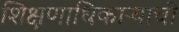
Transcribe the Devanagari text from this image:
शिक्षणाधिकाऱ्याची